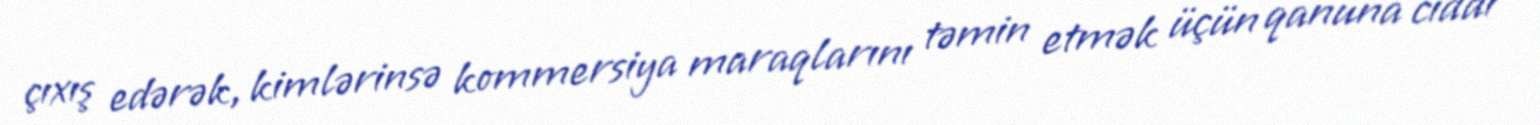
çıxış edərək, kimlərinsə kommersiya maraqlarını təmin etmək üçün qanuna ciddi